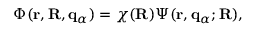
\Phi ( \mathbf { r } , \mathbf { R } , { \bf q } _ { \alpha } ) = \chi ( \mathbf { R } ) \Psi ( \mathbf { r } , { \bf q } _ { \alpha } ; \mathbf { R } ) ,